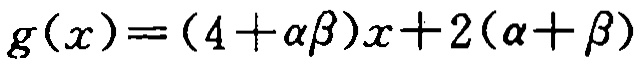
\(g(x)=(4+\alpha\beta)x + 2(\alpha+\beta)\)